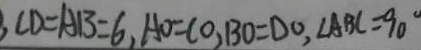
, C D = A B = 6 , A O = C O , B O = D O , \angle A B C = 9 0 ^ { \circ }